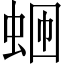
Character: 𬠄